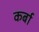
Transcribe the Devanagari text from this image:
कर्बा